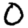
Digit: 0